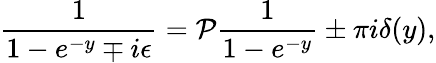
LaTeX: {\frac{1}{1-e^{-y}\mp i\epsilon}}={\cal{P}}{\frac{1}{1-e^{-y}}}\pm\pi i\delta(y),